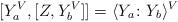
LaTeX: \begin{align*}[Y_a^V,[Z,Y_b^V]]=\langle Y_a \colon Y_b\rangle^V\end{align*}